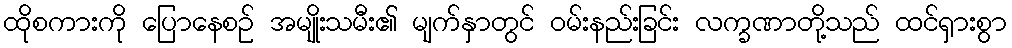
ထိုစကားကို ပြောနေစဉ် အမျိုးသမီး၏ မျက်နှာတွင် ဝမ်းနည်းခြင်း လက္ခဏာတို့သည် ထင်ရှားစွာ